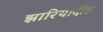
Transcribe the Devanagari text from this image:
झारियादीह